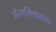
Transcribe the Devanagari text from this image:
प्रो।मलिकज़ादा